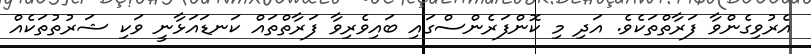
އެރުވިގެންވާ ފަރާތްތަކެވެ. އަދި މި ކޮންފަރެންސްގައި ބައިވެރިވާ ފަރާތްތައް ކަނޑައަޅާނީ ވަކި ޝަރުތުތަކެއް